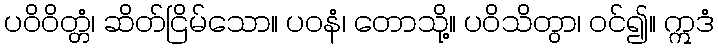
ပဝိဝိတ္တံ၊ ဆိတ်ငြိမ်သော။ ပဝနံ၊ တောသို့။ ပဝိသိတွာ၊ ဝင်၍။ ဣဒံ